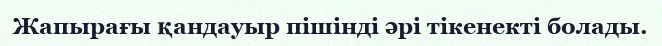
Жапырағы қандауыр пішінді әрі тікенекті болады.